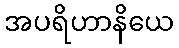
အပရိဟာနိယေ